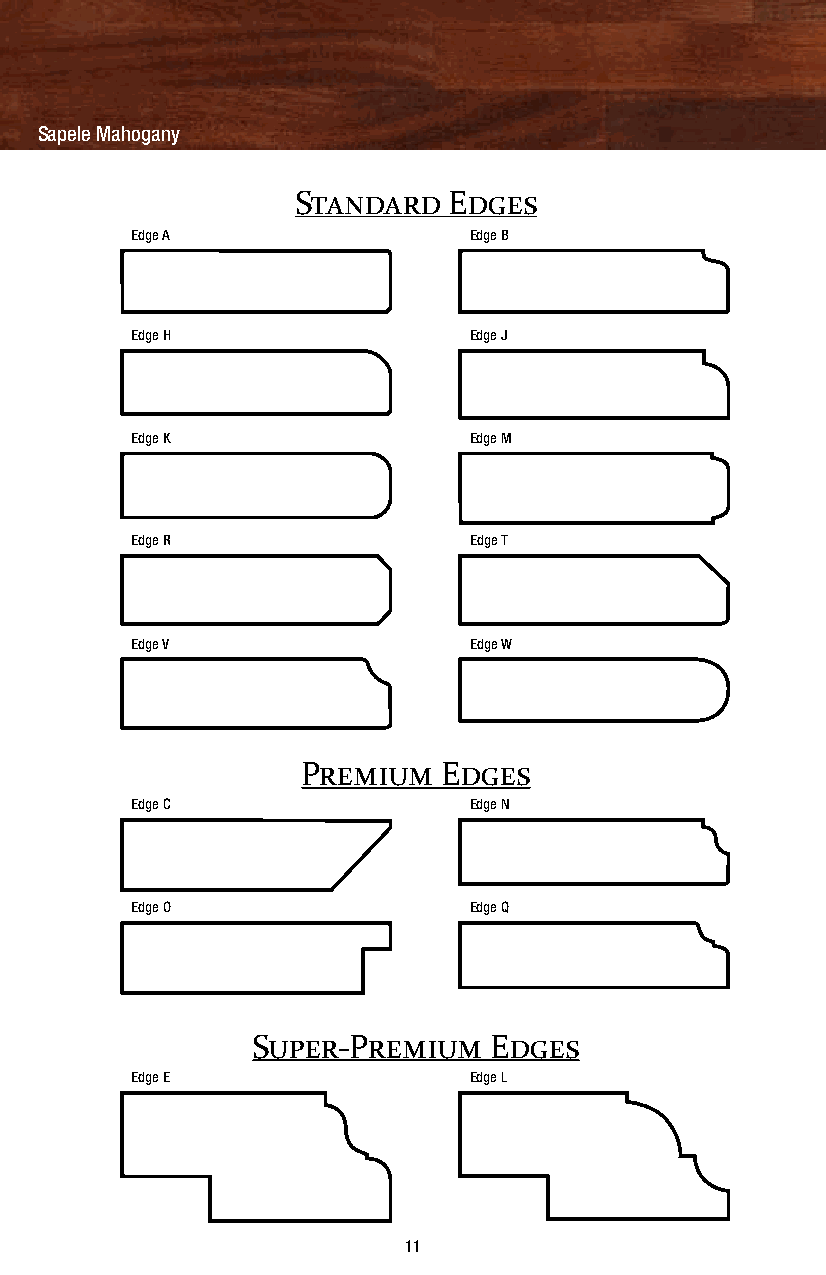
Sapele Mahogany
 Standard   Edges
 Edge A                Edge B
 Edge H                Edge J
 Edge K                Edge M
 Edge R                Edge T
 Edge V                Edge W
 Premium  Edges
 Edge C                Edge N
 Edge O                Edge Q
 Super-Premium  Edges
 Edge E                Edge L
 11